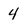
Character: 4